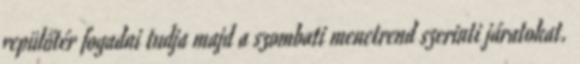
repülőtér fogadni tudja majd a szombati menetrend szerinti járatokat.